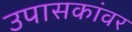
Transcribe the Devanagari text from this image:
उपासकांवर